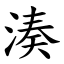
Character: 湊